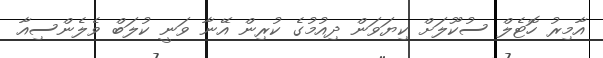
އާމިރު ހޮޓެލް ސުކޫލަށް ކިޔަވަން ދިއުމުގެ ކުރިން އޭނާ ވަނީ ކުލަބް ވެލެންސިއާ